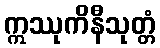
ဣဿုကိနီသုတ္တံ